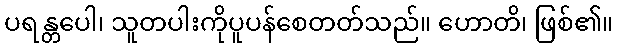
ပရန္တပေါ၊ သူတပါးကိုပူပန်စေတတ်သည်။ ဟောတိ၊ ဖြစ်၏။